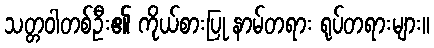
သတ္တဝါတစ်ဦး၏ ကိုယ်စားပြု နာမ်တရား ရုပ်တရားများ။